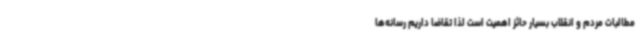
مطالبات مردم و انقلاب بسیار حائز اهمیت است لذا تقاضا داریم رسانه‌ها